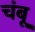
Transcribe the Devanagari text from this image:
चंबू